Cholera in India, 1862 to 1881
Year: 1862
Disease focus: Cholera
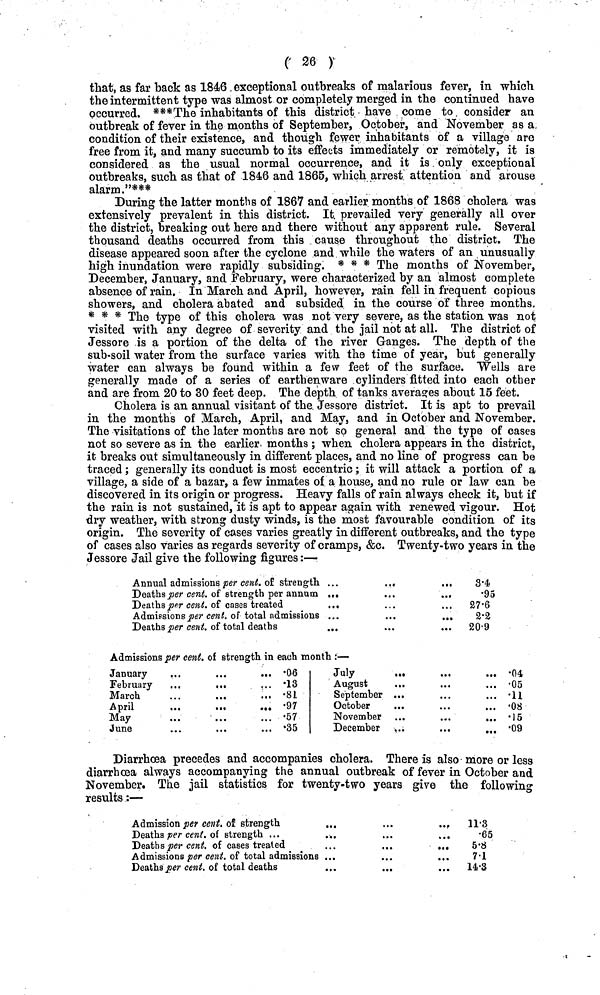
( 26 )
that, as far back as 1846 exceptional outbreaks of malarious fever, in which
the intermittent type was almost or completely merged in the continued have
occurred. ***The inhabitants of this district have come to consider an
outbreak of fever in the months of September, October, and November as a
condition of their existence, and though fewer inhabitants of a village are
free from it, and many succumb to its effects immediately or remotely, it is
considered as the usual normal occurrence, and it is only exceptional
outbreaks, such as that of 1846 and 1865, which arrest attention and arouse
alarm."***
During the latter months of 1867 and earlier months of 1868 cholera was
extensively prevalent in this district. It prevailed very generally all over
the district, breaking out here and there without any apparent rule. Several
thousand deaths occurred from this cause throughout the district. The
disease appeared soon after the cyclone and while the waters of an unusually
high inundation were rapidly subsiding. * * * The months of November,
December, January, and February, were characterized by an almost complete
absence of rain. In March and April, however, rain fell in frequent copious
showers, and cholera abated and subsided in the course of three months.
* * * The type of this cholera was not very severe, as the station was not
visited with any degree of severity and the jail not at all. The district of
Jessore is a portion of the delta of the river Ganges. The depth of the
sub-soil water from the surface varies with the time of year, but generally
water can always be found within a few feet of the surface. Wells are
generally made of a series of earthenware cylinders fitted into each other
and are from 20 to 30 feet deep. The depth of tanks averages about 15 feet.
Cholera is an annual visitant of the Jessore district. It is apt to prevail
in the months of March, April, and May, and in October and November.
The visitations of the later months are not so general and the type of cases
not so severe as in the earlier months ; when cholera appears in the district,
it breaks out simultaneously in different places, and no line of progress can be
traced ; generally its conduct is most eccentric ; it will attack a portion of a
village, a side of a bazar, a few inmates of a house, and no rule or law can be
discovered in its origin or progress. Heavy falls of rain always check it, but if
the rain is not sustained, it is apt to appear again with renewed vigour. Hot
dry weather, with strong dusty winds, is the most favourable condition of its
origin. The severity of cases varies greatly in different outbreaks, and the type
of cases also varies as regards severity of cramps, &c. Twenty-two years in the
Jessore Jail give the following figures :—
Annual admissions per cent. of strength
Deaths per cent. of strength per annum
Deaths par cent. of cases treated
Admissions per cent. of total admissions
Deaths per cent. of total deaths
3·4
·95
27·6
2·2
20·9
Admissions per cent. of strength in each month :—
January
February
March
April
May
June
. 0·6
. ·13
. ·81
. ·97
. ·57
. ·35
July
August
September
October
November
December
.04
.05
.11
.08
.15
.09
Diarrhoea precedes and accompanies cholera. There is also more or less
diarrhœa always accompanying the annual outbreak of fever in October and
November. The jail statistics for twenty-two years give the following
results :—
Admission per cent. of strength
Deaths per cent. of strength ...
Deaths per cent. of cases treated
Admissions per cent. of total admissions
Deaths per cent. of total deaths
...
11·3
·65
5·8
7·1
...
14·3